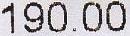
190.00